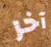
آخر